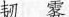
韧雾